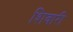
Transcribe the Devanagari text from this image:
शिवारी